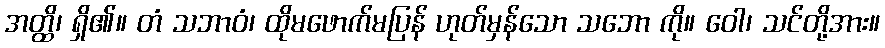
အတ္ထိ၊ ရှိ၏။ တံ သဘာဝံ၊ ထိုမဖောက်မပြန် ဟုတ်မှန်သော သဘော ကို။ ဝေါ၊ သင်တို့အား။